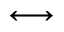
\longleftrightarrow